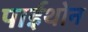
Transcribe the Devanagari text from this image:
पाईथोन